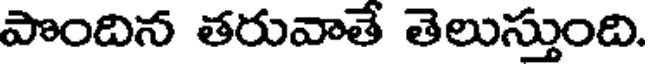
పొందిన తరువాతే తెలుస్తుంది.